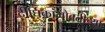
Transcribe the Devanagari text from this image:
दीर्घिकांभोवतीच्या